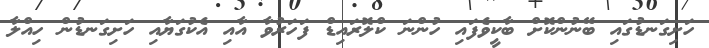
ހަށިގަނޑުގައި ބޭނުންކޮށް ބާކީވެފައި ހުންނަ ކްލޮރައިޑް ފަހަރުވާ އާއި އެކުގަޔާއި ހަށިގަނޑުން ހިއްލާ